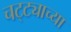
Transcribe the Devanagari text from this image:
चट्ट्याच्या